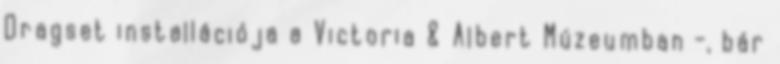
Dragset installációja a Victoria & Albert Múzeumban -, bár